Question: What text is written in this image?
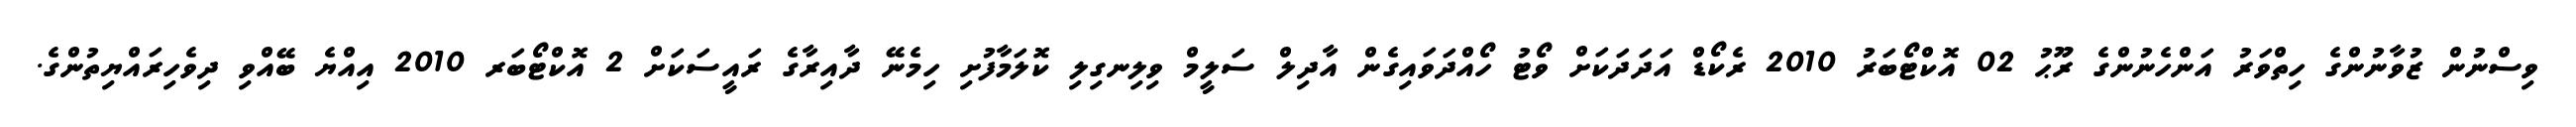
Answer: ވިސްނުން ޒުވާނުންގެ ހިތްވަރު އަންހެނުންގެ ރޫޙު 02 އޮކްޓޯބަރު 2010 ރެކޯޑް އަދަދަކަށް ވޯޓު ހޯއްދަވައިގެން އާދިލް ސަލީމް ވިލިނގިލި ކޮލަމާފުށި ހިމެނޭ ދާއިރާގެ ރައީސަކަށް 2 އޮކްޓޯބަރ 2010 އިއްޔެ ބޭއްވި ދިވެހިރައްޔިތުންގެ.